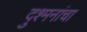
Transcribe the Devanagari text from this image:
दुश्मनांचा